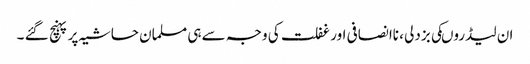
ان لیڈروںکی بزدلی ، ناانصافی اور غفلت کی وجہ سے ہی مسلمان حاشیہ پر پہنچ گئے ۔